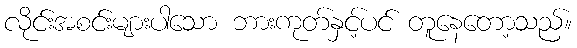
လိုင်းအစင်းများပါသော ဘားကုတ်နှင့်ပင် တူနေတော့သည်။